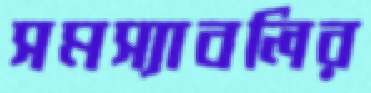
সমস্যাবলির